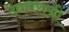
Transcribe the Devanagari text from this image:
देवघराची